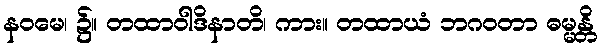
နဝမေ၊ ၌။ တထာဝါဒိနာတိ၊ ကား။ တထာယံ ဘဂဝတာ ဓမ္မန္တိ